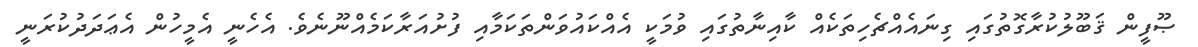
ޞޫފީން ޤަބޫލުކުރާގޮތުގައި ގިނައެއްޗެހިތަކެއް ކާއިނާތުގައި ވުމަކީ އެއްކައުވަންތަކަމާއި ފުށުއަރާކަމެއްނޫނެވެ. އެހެނީ އެމީހުން އެޢަދަދުކުރަނީ